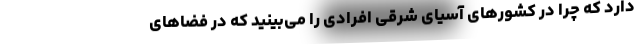
دارد که چرا در کشورهای آسیای شرقی افرادی را می‌بینید که در فضاهای